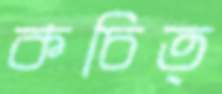
কচিত্